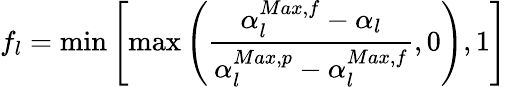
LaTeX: f_{l}=\operatorname*{min}\left[\operatorname*{max}\left(\frac{\alpha_{l}^{Max,f}-\alpha_{l}}{\alpha_{l}^{Max,p}-\alpha_{l}^{Max,f}},0\right),1\right]